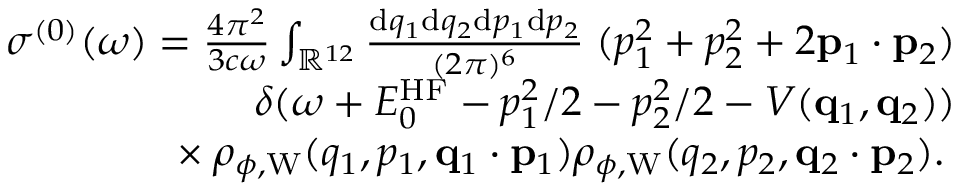
\begin{array} { r } { \sigma ^ { ( 0 ) } ( \omega ) = \frac { 4 \pi ^ { 2 } } { 3 c \omega } \int _ { \mathbb { R } ^ { 1 2 } } \frac { \ensuremath { \mathrm { d } } \b { q } _ { 1 } \ensuremath { \mathrm { d } } \b { q } _ { 2 } \ensuremath { \mathrm { d } } \b { p } _ { 1 } \ensuremath { \mathrm { d } } \b { p } _ { 2 } } { ( 2 \pi ) ^ { 6 } } \; ( p _ { 1 } ^ { 2 } + p _ { 2 } ^ { 2 } + 2 \ensuremath { \mathbf { p } } _ { 1 } \cdot \ensuremath { \mathbf { p } } _ { 2 } ) } \\ { \phantom \times \delta ( \omega + E _ { 0 } ^ { \mathrm { H F } } - p _ { 1 } ^ { 2 } / 2 - p _ { 2 } ^ { 2 } / 2 - V ( \ensuremath { \mathbf { q } } _ { 1 } , \ensuremath { \mathbf { q } } _ { 2 } ) ) } \\ { \phantom { x } \times \rho _ { \phi , \mathrm { W } } ( q _ { 1 } , p _ { 1 } , \ensuremath { \mathbf { q } } _ { 1 } \cdot \ensuremath { \mathbf { p } } _ { 1 } ) \rho _ { \phi , \mathrm { W } } ( q _ { 2 } , p _ { 2 } , \ensuremath { \mathbf { q } } _ { 2 } \cdot \ensuremath { \mathbf { p } } _ { 2 } ) . \; } \end{array}